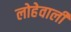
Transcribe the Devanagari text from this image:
लोहेवाली